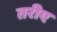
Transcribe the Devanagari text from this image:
तरीए